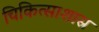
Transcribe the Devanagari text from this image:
चिकित्साशास्र